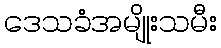
ဒေသခံအမျိုးသမီး